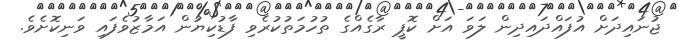
ޖުނައިދަށް އުފައްދައިދިން ލަވަ އަށް ކޮޕީ ރާގެއްގެ ތުހުމަތުކުރެވި ފާޑުކިޔުން އަމާޒުވެފައި ވަނިކޮށެވެ.